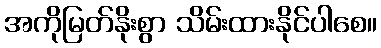
အကိုမြတ်နိုးစွာ သိမ်းထားနိုင်ပါစေ။